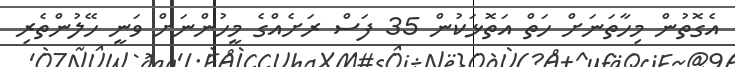
އެގޮތުން މިހާތަނަށް ހަތް އަތޮޅަކުން 35 ފަސް ރަށެއްގެ މީހުންނަށް ވަނީ ހޭލުންތެރި